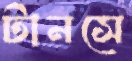
টানসে